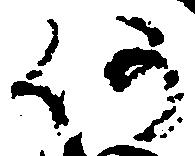
仍